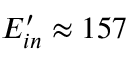
E _ { i n } ^ { \prime } \approx 1 5 7